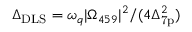
\Delta _ { \mathrm { D L S } } = \omega _ { q } | \Omega _ { 4 5 9 } | ^ { 2 } / ( 4 \Delta _ { \mathrm { 7 p } } ^ { 2 } )